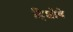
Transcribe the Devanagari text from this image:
हिशोबे